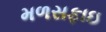
મળસફાઇ